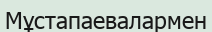
Мұстапаевалармен